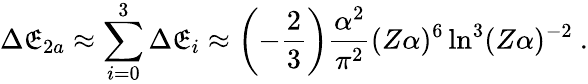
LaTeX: \Delta\mathfrak{E}_{2a}\approx\sum_{i=0}^{3}\Delta\mathfrak{E}_{i}\approx\left(-\frac{{2}}{{3}}\right)\frac{{\alpha^{2}}}{{\pi^{2}}}(Z\alpha)^{6}\ln^{3}(Z\alpha)^{-2}\ .